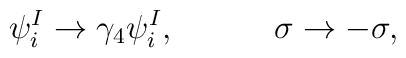
\psi _{i}^{I}\rightarrow \gamma _{4}\psi _{i}^{I},\qquad \quad \sigma\rightarrow -\sigma ,